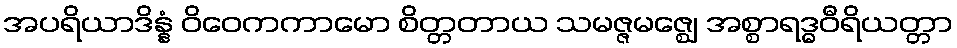
အပရိယာဒိန္နံ ဝိဝေကကာမော စိတ္တတာယ သမဇ္ဇမဇ္ဈေ အစ္စာရဒ္ဓဝီရိယတ္တာ